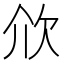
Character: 㰡